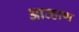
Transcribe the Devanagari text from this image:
आव्हाण